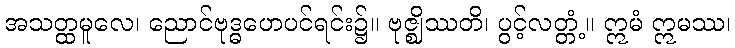
အသတ္ထမူလေ၊ ညောင်ဗုဒ္ဓဟေပင်ရင်း၌။ ဗုဇ္ဈိဿတိ၊ ပွင့်လတ္တံ့။ ဣမံ ဣမဿ၊